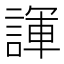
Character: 諢